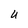
Character: U